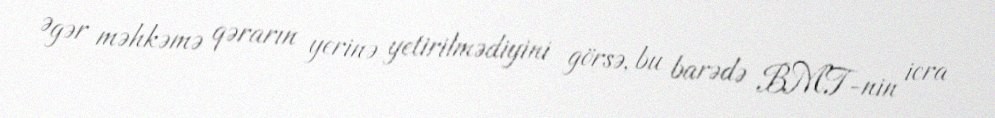
Əgər məhkəmə qərarın yerinə yetirilmədiyini görsə, bu barədə BMT-nin icra